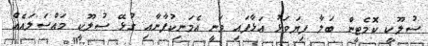
ސުލޫކީ ކޮމެޓީން ބަލާ ފިޔަވަޅު އަޅާފައި ވަނީ އެމަނިކުފާނާއި ގުޅޭ ސުލޫކީ މައްސަލައެއް